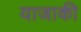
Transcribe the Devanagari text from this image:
याजाकी